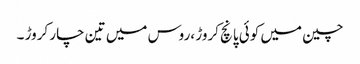
چین میں کوئی پانچ کروڑ ،روس میں تین چار کروڑ ۔